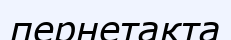
пернетақта